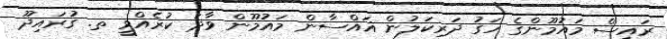
ރައީސް މައުމޫންގެ ހަގު ދަރިކަލުން ޣައްސާން މައުމޫން ވާދަ ކުރެއްވީ ތ. ގުރައިދޫ